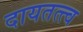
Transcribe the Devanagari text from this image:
दायतत्त्व